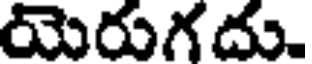
యెరుగదు.